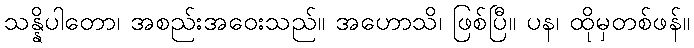
သန္နိပါတော၊ အစည်းအဝေးသည်။ အဟောသိ၊ ဖြစ်ပြီ။ ပန၊ ထိုမှတစ်ဖန်။